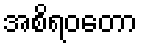
အစိရဝတော